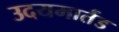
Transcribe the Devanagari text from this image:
उदयमार्तड